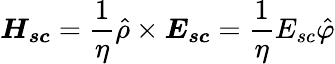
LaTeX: \boldsymbol{H_{sc}}=\frac{1}{\eta}\hat{\rho}\times\boldsymbol{E_{sc}}=\frac{1}{\eta}E_{sc}\hat{\varphi}